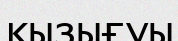
қызығуы